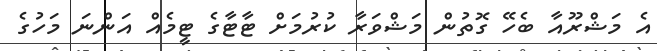
އެ މަޝްރޫއާ ބެހޭ ގޮތުން މަޝްވަރާ ކުރުމަށް ޓާޓާގެ ޓީމެއް އަންނަ މަހުގެ